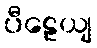
ပီဠေယျ